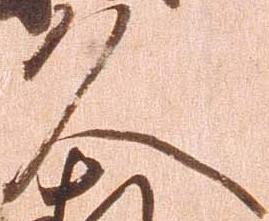
久